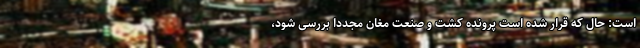
است: حال که قرار شده است پرونده کشت و صنعت مغان مجدداً بررسی شود،